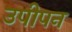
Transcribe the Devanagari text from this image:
उपीपन